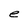
Character: e